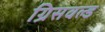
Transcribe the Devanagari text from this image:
ग्रिसवल्ड